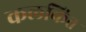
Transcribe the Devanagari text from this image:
कलकिंत